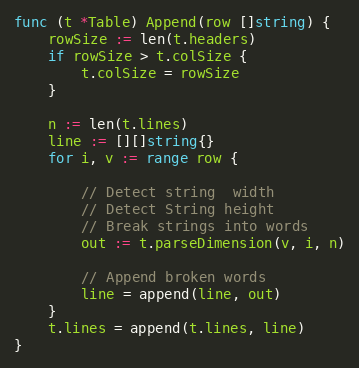
Language: Go
func (t *Table) Append(row []string) {
	rowSize := len(t.headers)
	if rowSize > t.colSize {
		t.colSize = rowSize
	}

	n := len(t.lines)
	line := [][]string{}
	for i, v := range row {

		// Detect string  width
		// Detect String height
		// Break strings into words
		out := t.parseDimension(v, i, n)

		// Append broken words
		line = append(line, out)
	}
	t.lines = append(t.lines, line)
}